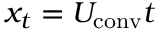
x _ { t } = U _ { \mathrm { c o n v } } t